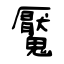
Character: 魘